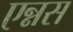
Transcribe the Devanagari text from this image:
एन्नस